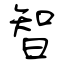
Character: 智